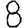
Digit: 8